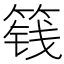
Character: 篯